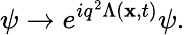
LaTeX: \psi\rightarrow e^{iq^{2}\Lambda({\mathbf x},t)}\psi.